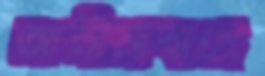
আলীমাবাদে